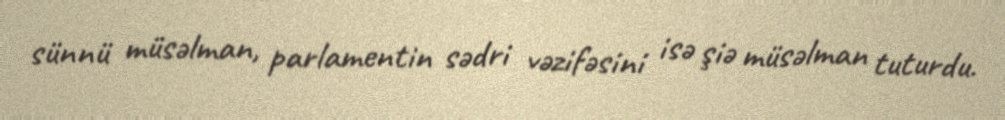
sünnü müsəlman, parlamentin sədri vəzifəsini isə şiə müsəlman tuturdu.